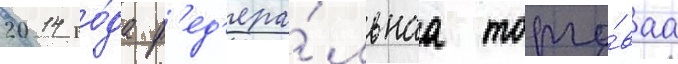
2014 го́да ф'ед'ера́льнаа торго́ваа